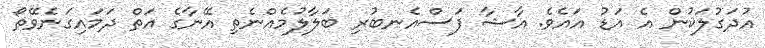
އުދަގުލަކުން އެ އަޑު އައެވެ. އާޝާ ފަސްއެނބުރި ބަލާލުމެއްނެތި އޭނާގެ އަތް ދަމައިގަނެވޭތޯ